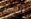
الحمله